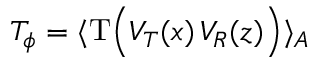
T _ { \phi } = \langle \mathrm { T } \Big ( { \cal V } _ { \cal T } ( x ) \, { \cal V } _ { R } ( z ) \Big ) \rangle _ { A }